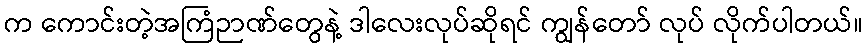
က ကောင်းတဲ့အကြံဉာဏ်တွေနဲ့ ဒါလေးလုပ်ဆိုရင် ကျွန်တော် လုပ် လိုက်ပါတယ်။